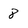
Character: 8